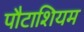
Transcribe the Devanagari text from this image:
पौटाशियम